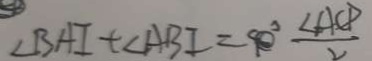
\angle B A I + \angle A B I = 9 0 ^ { \circ } \frac { \angle A C D } { 2 }